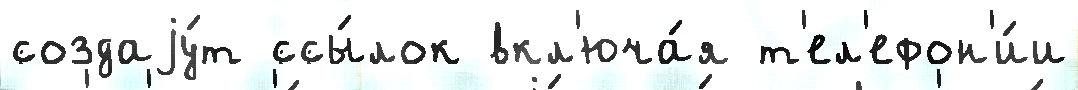
создаjу́т ссы́лок вкл'юча́я т'ел'ефон'и́и